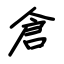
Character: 倉